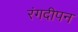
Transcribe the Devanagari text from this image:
रंगदीपन